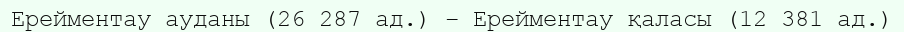
Ерейментау ауданы (26 287 ад.) – Ерейментау қаласы (12 381 ад.)